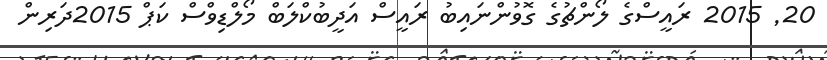
20